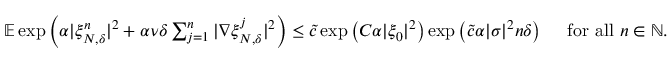
\begin{array} { r } { \mathbb { E } \exp \left( \alpha | \xi _ { N , \delta } ^ { n } | ^ { 2 } + \alpha \nu \delta \sum _ { j = 1 } ^ { n } | \nabla \xi _ { N , \delta } ^ { j } | ^ { 2 } \right) \leq \tilde { c } \exp \left( C \alpha | \xi _ { 0 } | ^ { 2 } \right) \exp \left( \tilde { c } \alpha | \sigma | ^ { 2 } n \delta \right) \quad \mathrm { ~ f o r ~ a l l ~ } n \in \mathbb { N } . } \end{array}